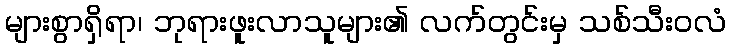
များစွာရှိရာ၊ ဘုရားဖူးလာသူများ၏ လက်တွင်းမှ သစ်သီးဝလံ